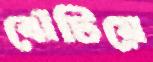
ঝেঁটিয়ে